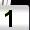
Digit: 1